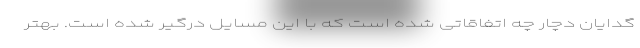
گدایان دچار چه اتفاقاتی شده است که با این مسایل درگیر شده است. بهتر